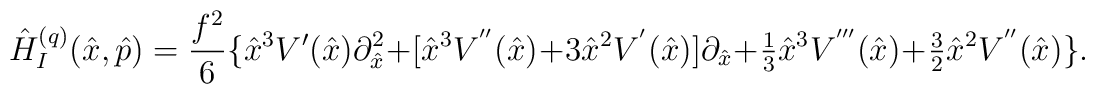
\hat H^{(q)}_I(\hat x,\hat p)=\frac{f^2}{6}\bigl\{ \hat x^3 V'(\hat x) \partial^2_{\hat x}+ \bigl[\hat x^3 V^{''}(\hat x) +3 \hat x^2 V^{'}(\hat x)\bigr]\partial_{\hat x}+{\textstyle\frac{1}{3}}\hat x^3 V^{'''}(\hat x)+{\textstyle\frac{3}{2}}\hat x^2 V^{''}(\hat x)\bigr\}.